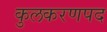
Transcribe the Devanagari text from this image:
कुलकरणपद